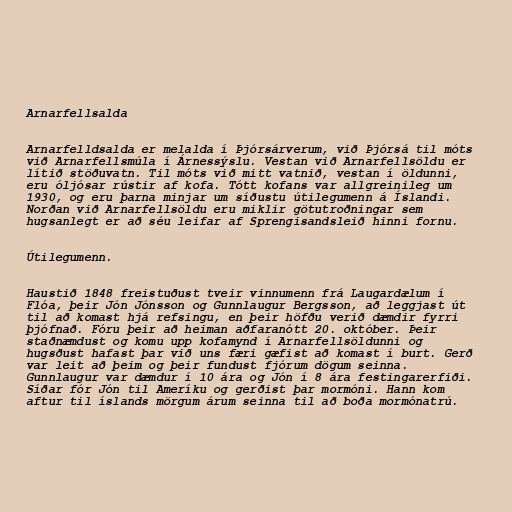
Arnarfellsalda

Arnarfelldsalda er melalda í Þjórsárverum, við Þjórsá til móts
við Arnarfellsmúla í Árnessýslu. Vestan við Arnarfellsöldu er
lítið stöðuvatn. Til móts við mitt vatnið, vestan í öldunni,
eru óljósar rústir af kofa. Tótt kofans var allgreinileg um
1930, og eru þarna minjar um síðustu útilegumenn á Íslandi.
Norðan við Arnarfellsöldu eru miklir götutroðningar sem
hugsanlegt er að séu leifar af Sprengisandsleið hinni fornu.

Útilegumenn.

Haustið 1848 freistuðust tveir vinnumenn frá Laugardælum í
Flóa, þeir Jón Jónsson og Gunnlaugur Bergsson, að leggjast út
til að komast hjá refsingu, en þeir höfðu verið dæmdir fyrri
þjófnað. Fóru þeir að heiman aðfaranótt 20. október. Þeir
staðnæmdust og komu upp kofamynd í Arnarfellsöldunni og
hugsðust hafast þar við uns færi gæfist að komast í burt. Gerð
var leit að þeim og þeir fundust fjórum dögum seinna.
Gunnlaugur var dæmdur í 10 ára og Jón í 8 ára festingarerfiði.
Síðar fór Jón til Ameríku og gerðist þar mormóni. Hann kom
aftur til íslands mörgum árum seinna til að boða mormónatrú.